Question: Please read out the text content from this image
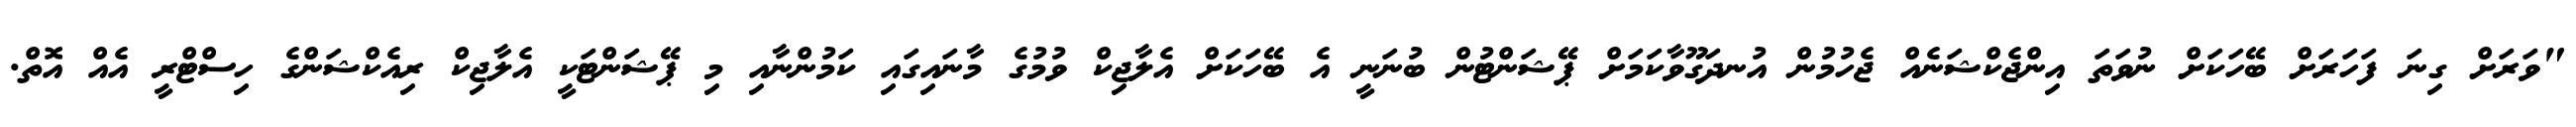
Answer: "ވަރަށް ގިނަ ފަހަރަށް ބޭހަކަށް ނުވަތަ އިންޖެކްޝަނެއް ޖެހުމުން އުނދަގޫވާކަމަށް ޕޭޝަންޓުން ބުނަނީ އެ ބޭހަކަށް އެލާޖިކް ވުމުގެ މާނައިގައި ކަމުންނާއި މި ޕޭޝަންޓަކީ އެލާޖިކް ރިއެކްޝަންގެ ހިސްޓްރީ އެއް އޮތް.